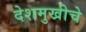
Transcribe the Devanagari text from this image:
देशमुखीचे